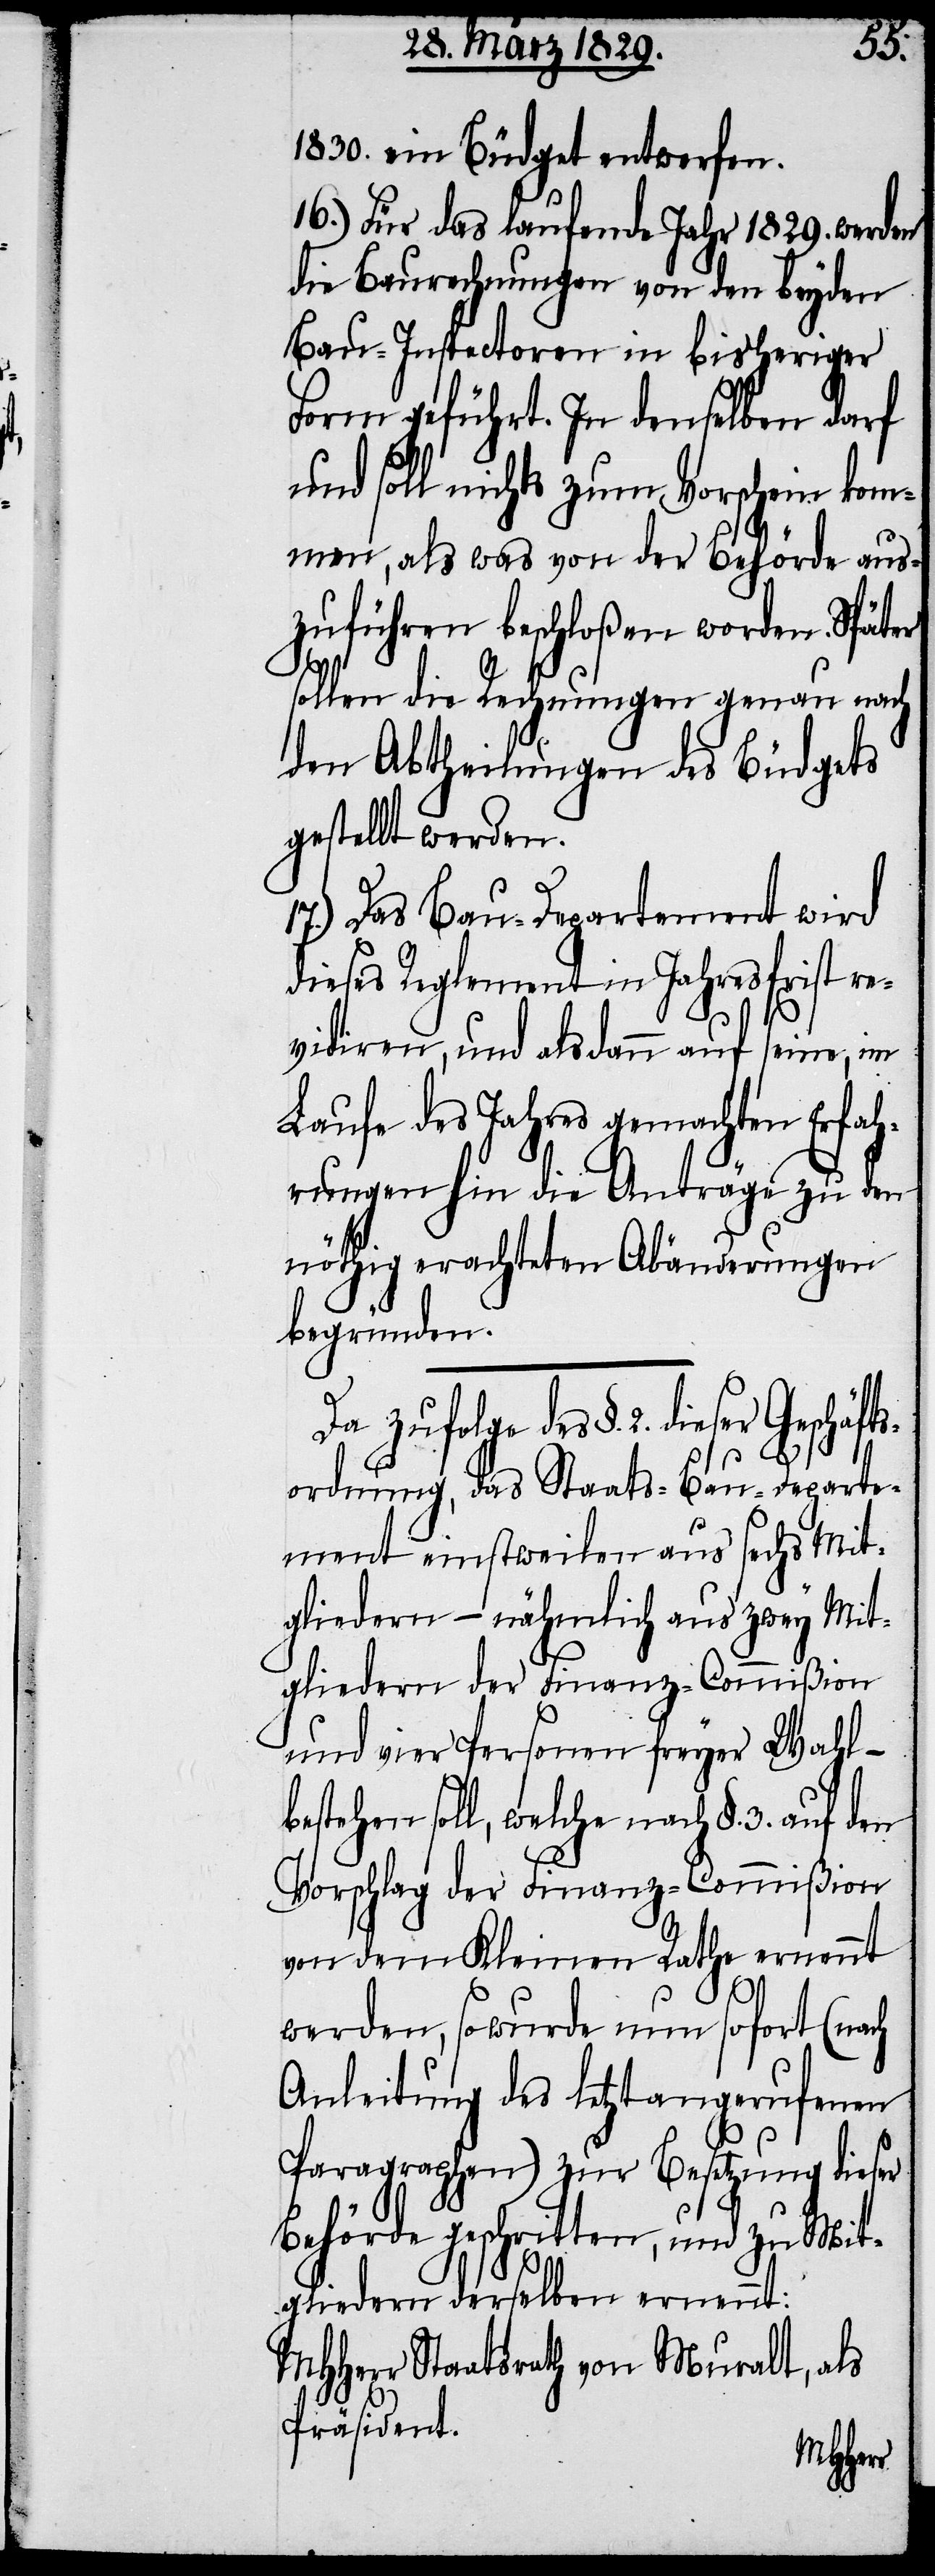
1830. ein Büdget entwerfen.
16.) Für das laufende Jahr 1829. werden
die Baurechnungen von den beyden
Bau-Inspectoren in bisheriger
Form geführt. In denselben darf
und soll nichts zum Vorschein kom¬
men, als was von der Behörde aus¬
zuführen beschloßen worden. Später
sollen die Rechnungen genau nach
den Abtheilungen des Büdgets
gestellt werden.
17.) Das Bau-Departement wird
dieses Reglement in Jahresfrist re¬
vidiren, und alsdann auf seine, im
Laufe des Jahres gemachten Erfah¬
rungen hin die Anträge zu den
nöthig erachteten Abänderungen
begründen.
Da zufolge des §. 2. dieser Ge¬
ordnung, das Staats-Bau-Departe¬
ment einstweilen aus sechs Mit¬
gliedern – nähmlich aus zwey Mit¬
glieder der Finanz-Commißion
und vier Personen freyer Wahl –
bestehen soll, welche nach §. 3. auf den
Vorschlag der Finanz-Commißion
von dem Kleinen Rathe ernennt
werden, so wurde nun sofort (nach
Anleitung des letztangerufenen
Paragraphen) zur Besetzung dieser
Behörde geschritten, und zu Mit¬
gliedern derselben ernennt:
MHHerr Staatsrath von Muralt, als
Präsident.
schäfts¬